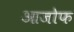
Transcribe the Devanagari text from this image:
आजोफ